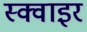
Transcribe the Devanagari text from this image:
स्क्वाइर